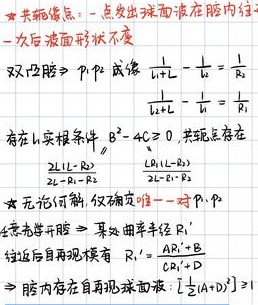
$$
\begin{align*}
& \star \text{共轭物像: 一点发出球面波在腔内往返}\\
& \text{一次后波面形状不变}\\
& \text{双凹腔} > \rho_1\rho_2 \text{ 成像 } \frac{1}{l_1+L}-\frac{1}{l_2}=\frac{1}{R_1}\\
& \frac{1}{l_2+L}-\frac{1}{l_1}=\frac{1}{R_2}\\
& \text{存在 } l_1 \text{ 实根条件 } B^2 - 4AC \geq 0, \text{ 共轭点存在}\\
& l_1=\frac{2L(L - R_2)}{2L - (R_1 + R_2)}\\
& l_2=\frac{2L(L - R_1)}{2L - (R_1 + R_2)}\\
& \star \text{无论何解, 仅确定唯一一对 } \rho_1\rho_2\\
& \text{任意光学开腔} > \text{某处曲率半径 } R_1'\\
& \text{往返后自再现模有 } R_1'=\frac{AB + D}{CA + B}\\
& \Rightarrow \text{腔内存在自再现球面波面: } [\frac{L}{2}(1 + A)]^2 \geq 1
\end{align*}
$$